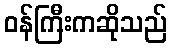
ဝန်ကြီးကဆိုသည်